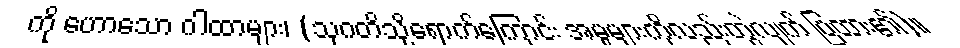
ကို ဟောသော ဂါထာများ၊ (သုဂတိသို့ရောက်ကြောင်း အမှုများကိုလည်းတွဲလျက် ပြထား၏)။